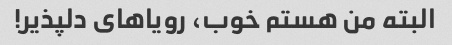
البته من هستم خوب، رویاهای دلپذیر!